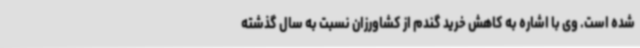
شده است. وی با اشاره به کاهش خرید گندم از کشاورزان نسبت به سال گذشته